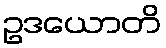
ဥဒယောတိ